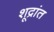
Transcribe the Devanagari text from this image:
शूद्रांत